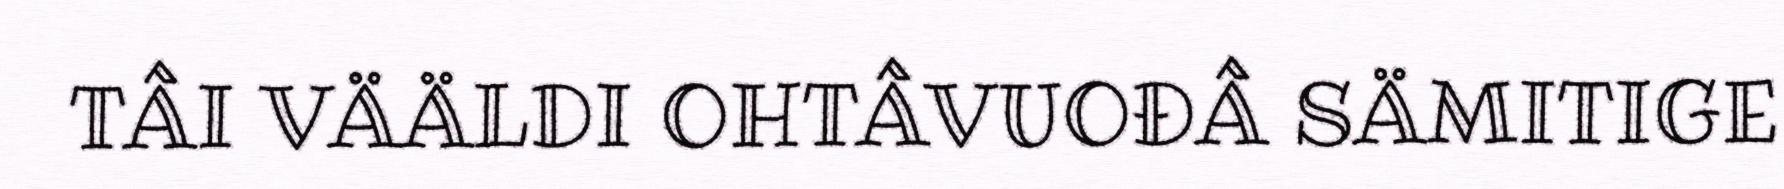
TÂI VÄÄLDI OHTÂVUOĐÂ SÄMITIGE